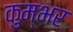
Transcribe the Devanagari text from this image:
कुम्भर